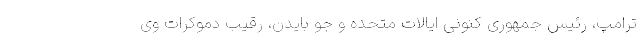
ترامپ، رئیس جمهوری کنونی ایالات متحده و جو بایدن، رقیب دموکرات وی